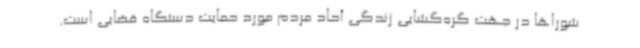
شوراها در جهت گره‌گشایی زندگی آحاد مردم مورد حمایت دستگاه قضایی است.